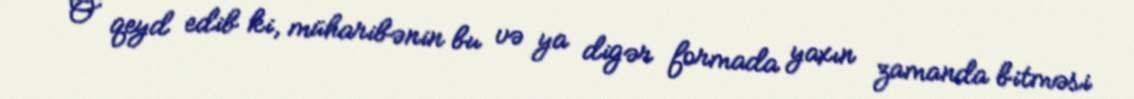
O qeyd edib ki, müharibənin bu və ya digər formada yaxın zamanda bitməsi